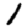
Digit: 1